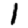
Digit: 1